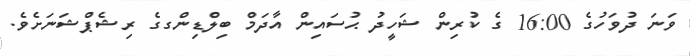
ވަނަ ދުވަހުގެ 16:00 ގެ ކުރިން ޝަހީދު ޙުސައިން އާދަމް ބިލްޑިންގގެ ރިޝެޕްޝަނަށެވެ.